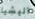
اليشيا